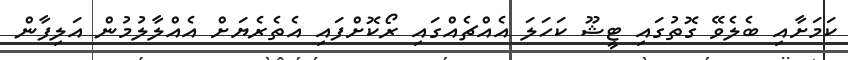
ކަމަށާއި ބެލެވޭ ގޮތުގައި ޓީޝޫ ކަހަލަ އެއްޗެއްގައި ރޯކޮށްފައި އެތެރެޔަށް އެއްލާލުުމުން އަލިފާން